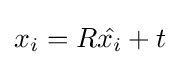
x_{i}=R{\hat {x_{i}}}+t